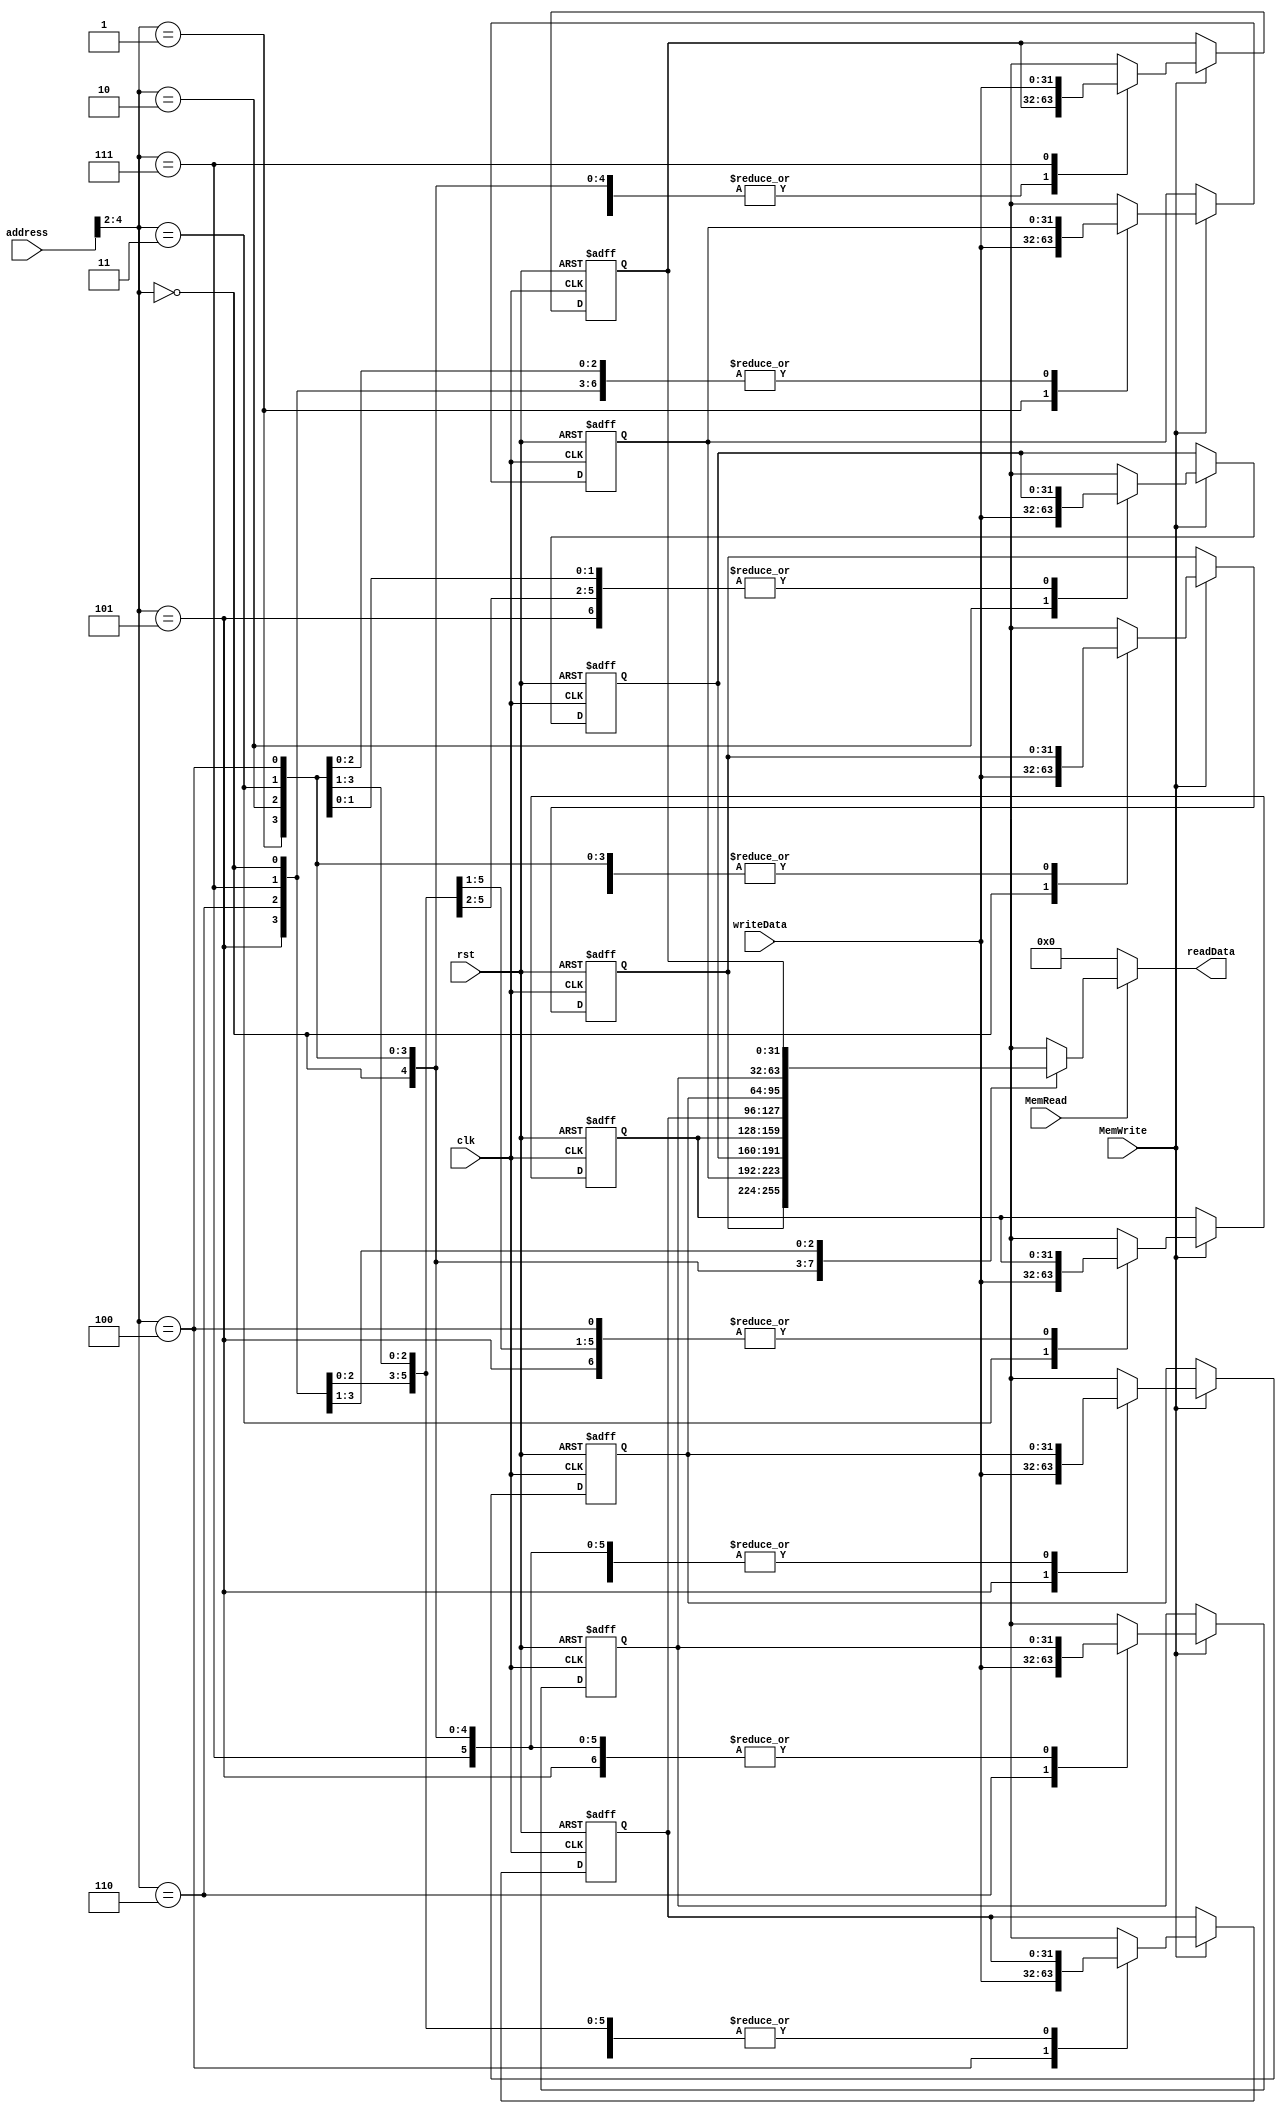
`timescale 1ns / 1ps
//////////////////////////////////////////////////////////////////////////////////
// Company: 
// Engineer: 
// 
// Design Name: 
// Module Name:    DataMemory 
// Project Name: 
// Target Devices: 
// Tool versions: 
// Description: 
//
// Dependencies: 
//
// Revision: 
// Revision 0.01 - File Created
// Additional Comments: 
//
//////////////////////////////////////////////////////////////////////////////////
module DataMemory(
    input clk,
    input rst,
    input [31:0] address,
    output [31:0] readData,
    input [31:0] writeData,
    input MemRead,
    input MemWrite
    );
	 
	 integer i;
	 reg [31:0] Mem[7:0];
	 
	 assign readData=MemRead?Mem[address[6:2]]:32'd0;
	 
	 always @(posedge clk or posedge rst) begin
		if(rst) begin
			Mem[0]=32'd7;
			Mem[1]=32'd8;
			Mem[2]=32'd5;
			Mem[3]=32'd4;
			Mem[4]=32'd1;
			Mem[5]=32'd3;
			Mem[6]=32'd2;
			Mem[7]=32'd5;
		end
		else begin
			if(MemWrite)
				Mem[address[4:2]]=writeData;
		end
	 end

endmodule